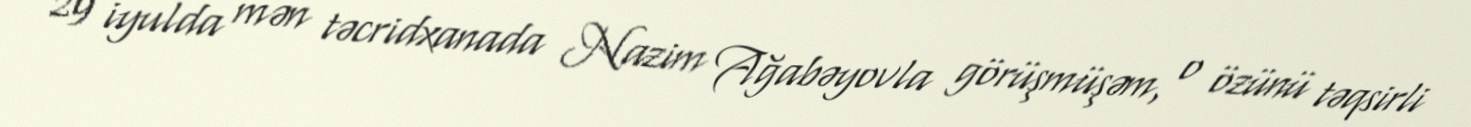
29 iyulda mən təcridxanada Nazim Ağabəyovla görüşmüşəm, o özünü təqsirli